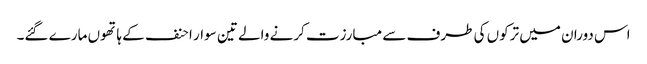
اس دوران میں ترکوں کی طرف سے مبارزت کرنے والے تین سوار احنف کے ہاتھوں مارے گئے۔